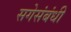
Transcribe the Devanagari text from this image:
सगेसंबंधी